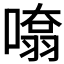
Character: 𭊨